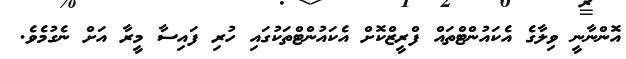
އޮންނާނީ ވިލާގެ އެކައުންޓްތައް ފްރީޒްކޮށް އެކައުންޓްތަކުގައި ހުރި ފައިސާ މީރާ އަށް ނެގުމެވެ.